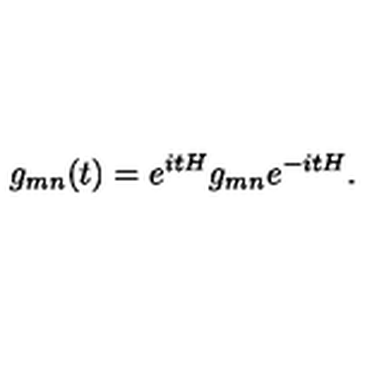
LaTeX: g _ { m n } ( t ) = e ^ { i t H } g _ { m n } e ^ { - i t H } .